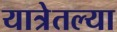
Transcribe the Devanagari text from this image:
यात्रेतल्या